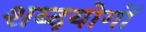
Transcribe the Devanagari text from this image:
शब्दयोगों